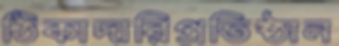
ঠিকাদারিপ্রতিষ্ঠান